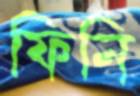
ফিনি